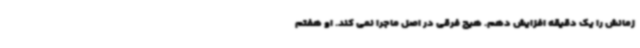
زمانش را یک دقیقه افزایش دهم. هیچ فرقی در اصل ماجرا نمی کند. او هفتم